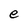
Character: e